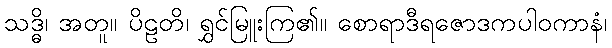
သဒ္ဓိ၊ အတူ။ ပိဠတိ၊ ရွှင်မြူးကြ၏။ စောရာဒီရဇောဒကပါဝကာနံ၊